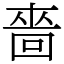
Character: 嗇